Report of an investigation into the causes of the diseases known in Assam as Kála-Azár and Beri-Beri
Disease focus: Beri-Beri
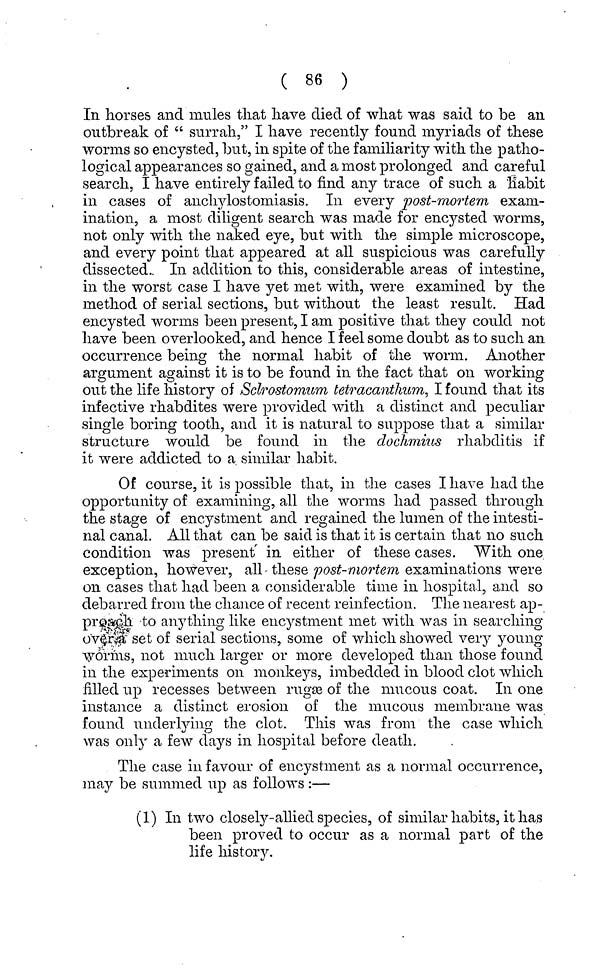
( 86 )
In horses and mules that have died of what was said to be an
outbreak of " surrah," I have recently found myriads of these
worms so encysted, but, in spite of the f amiharity with the patho-
logical appearances so gained, and a most prolonged and careful
search, I have entirely failed to find any trace of such a habit
in cases of anchylostomiasis. In. every post-mortem exam-
ination, a most diligent search was made for encysted worms,
not only with the naked eye, but with the simple microscope,
and every point that appeared at all suspicious was carefully
dissected. In addition to this, considerable areas of intestine,
in the worst case I have yet met with, were examined by the
method of serial sections, but without the least result. Had
encysted worms been present, I am positive that they could not
have been overlooked, and hence I feel some doubt as to such an
occurrence being the normal habit of the worm. Another
argument against it is to be found in the fact that on working
out the life history of Sclrostomum tetracanthum, I found that its
infective rhabdites were provided with a distinct and peculiar
single boring tooth, and it is natural to suppose that a similar
structure would be found in the dochmius rhabditis if
it were addicted to a similar habit.
Of course, it is possible that, in the cases I have had the
opportunity of examining, all the worms had passed through
the stage of encystment and regained the lumen of the intesti-
nal canal. All that can be said is that it is certain that no such
condition was present in either of these cases. With one
exception, however, all these post-mortem examinations were
on cases that had been a considerable time in hospital, and so
debarred from the chance of recent reinfection. The nearest ap-
proach to anything like encystment met with was in searching
over a set of serial sections, some of which showed very young
worms, not much larger or more developed than those found
in the experiments on monkeys, imbedded in blood clot which
filled up recesses between rugae of the mucous coat. In one
instance a distinct erosion of the mucous membrane was
found underlying the clot. This was from the case which
was only a few days in hospital before death.
The case in favour of encystment as a normal occurrence,
may be summed up as follows :—
(1) In two closely-allied species, of similar habits, it has
been proved to occur as a normal part of the
life history.